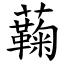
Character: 蘜